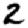
Digit: 2